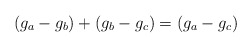
\begin{align*}(g_a-g_b)+(g_b-g_c) = (g_a-g_c)\end{align*}